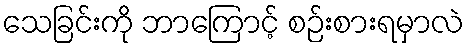
သေခြင်းကို ဘာကြောင့် စဉ်းစားရမှာလဲ